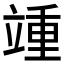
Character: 𬔥